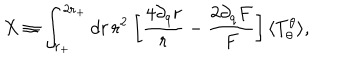
X \equiv \int _ { r _ { + } } ^ { 2 r _ { + } } d r \, r ^ { 2 } \: \biggl [ \frac { 4 \partial _ { q } r } { r } - \frac { 2 \partial _ { q } F } { F } \biggr ] \, \langle T _ { \theta } ^ { \theta } \rangle ,